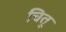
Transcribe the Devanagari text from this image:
चितू